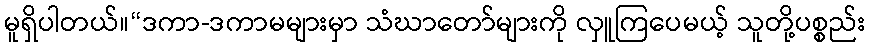
မူရှိပါတယ်။“ဒကာ-ဒကာမများမှာ သံဃာတော်များကို လှူကြပေမယ့် သူတို့ပစ္စည်း